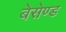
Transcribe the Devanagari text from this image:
बेसेण्ड